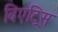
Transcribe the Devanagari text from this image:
बिएट्रिस